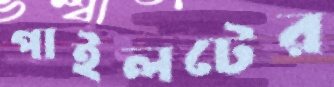
পাইলটের